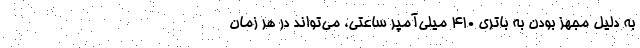
به دلیل مجهز بودن به باتری 410 میلی‌آمپر ساعتی، می‌تواند در هر زمان